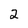
Character: 2